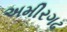
અમીરગઢ